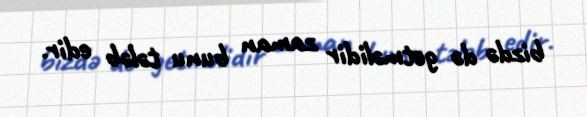
bizdə də getməlidir zaman bunu tələb edir.